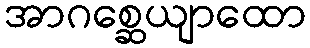
အာဂစ္ဆေယျာထော